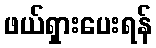
ဖယ်ရှားပေးရန်